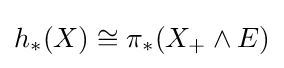
h_{*}(X)\cong \pi _{*}(X_{+}\wedge E)